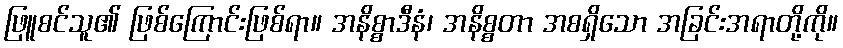
ဖြူစင်သူ၏ ဖြစ်ကြောင်းဖြစ်ရာ။ အနိစ္စာဒီနံ၊ အနိစ္စတာ အစရှိသော အခြင်းအရာတို့ကို။